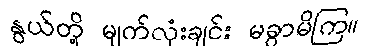
နွယ်တို့ မျက်လုံးချင်း မခွာမိကြ။